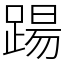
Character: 踼